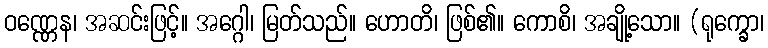
ဝဏ္ဏေန၊ အဆင်းဖြင့်။ အဂ္ဂေါ၊ မြတ်သည်။ ဟောတိ၊ ဖြစ်၏။ ကောစိ၊ အချို့သော။ (ရုက္ခော၊